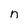
Character: n